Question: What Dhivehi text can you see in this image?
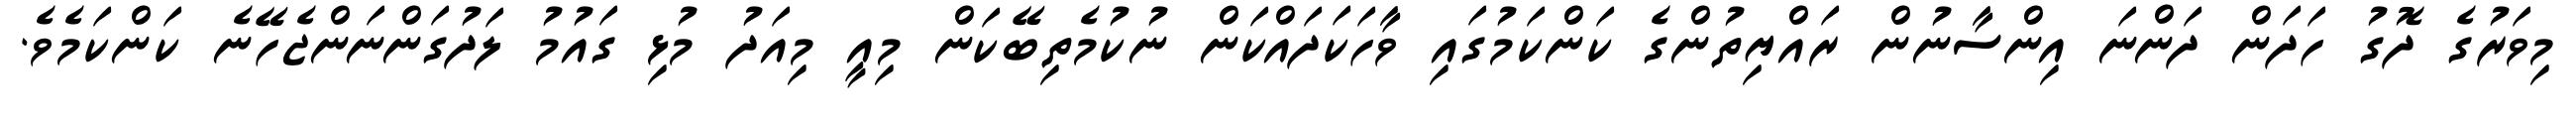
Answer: މިވަރުގެ ދޮގު ހަދަން ދަންނަ އިންސާނުން ރައްޔިތުންގެ ކަންކަމުގައި ވާހަކަދައްކަން ނުކުމެތިބޭކަން މިއީ މިއަދު މުޅި ގައުމު ލަދުގަންނަންޖެހޭނެ ކަންކަމެވެ.